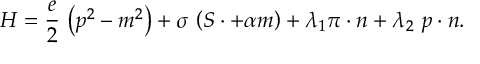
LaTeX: H = \frac e 2 \, \left( p ^ { 2 } - m ^ { 2 } \right) + \sigma \, \left( S \cdotp + \alpha m \right) + \lambda _ { 1 } \pi \cdot n + \lambda _ { 2 } \, \, p \cdot n .